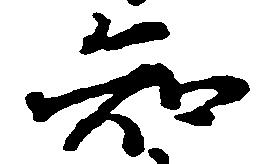
知